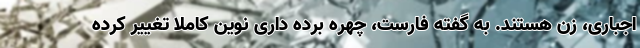
اجباری، زن هستند. به گفته فارست، چهره برده داری نوین کاملا تغییر کرده